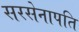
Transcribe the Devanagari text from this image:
सरसेनापति